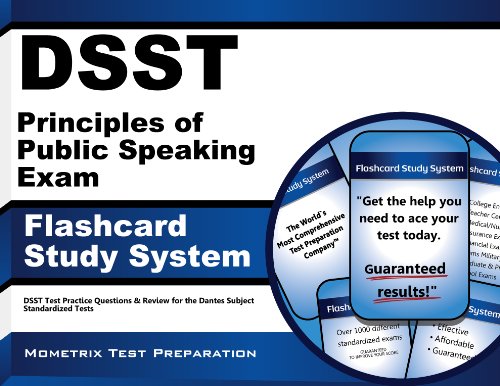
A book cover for DSST Principles of Public Speaking Exam Flashcard Study System: DSST Test Practice Questions & Review for the Dantes Subject Standardized Tests (Cards); DSST Exam Secrets Test Prep Team; Test Preparation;